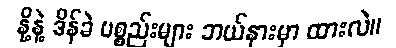
နို့နဲ့ ဒိန်ခဲ ပစ္စည်းများ ဘယ်နားမှာ ထားလဲ။